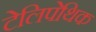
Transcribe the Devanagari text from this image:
टेलिपेथिक